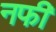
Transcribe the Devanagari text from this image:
नफी